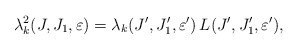
\begin{align*}\lambda_k^2(J,J_1,\varepsilon) = \lambda_k(J',J_1',\varepsilon')\,L( J',J_1',\varepsilon'),\end{align*}